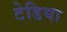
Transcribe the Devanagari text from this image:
टेडिया